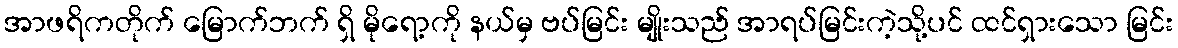
အာဖရိကတိုက် မြောက်ဘက် ရှိ မိုရော့ကို နယ်မှ ဗပ်မြင်း မျိုးသည် အာရပ်မြင်းကဲ့သို့ပင် ထင်ရှားသော မြင်း